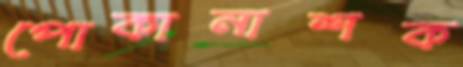
পোকানাশক